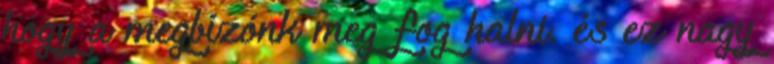
hogy a megbízónk meg fog halni. és ez nagy